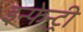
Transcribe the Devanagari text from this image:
इन्फेन्ट्री